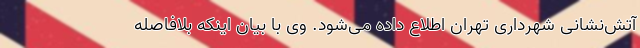
آتش‌نشانی شهرداری تهران اطلاع داده می‌شود. وی با بیان اینکه بلافاصله